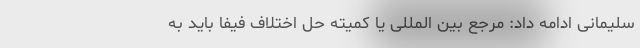
سلیمانی ادامه داد: مرجع بین المللی یا کمیته حل اختلاف فیفا باید به